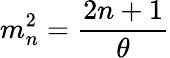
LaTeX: m_{n}^{2}={\frac{2n+1}{\theta}}